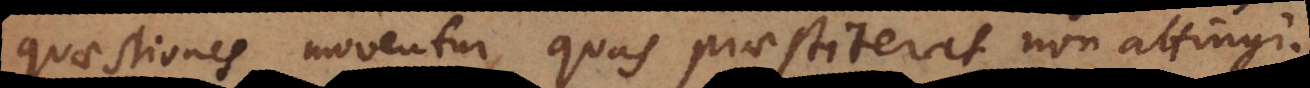
quaestiones moventur, quas praestiterat non attingi.